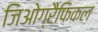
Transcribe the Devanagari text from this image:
जिओग्रैफिकल